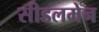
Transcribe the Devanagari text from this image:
सीडलमेन